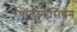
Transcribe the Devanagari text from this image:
पॉलीनोसियन